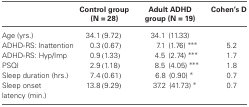
<table><thead><tr><td></td><td><b>Control group (N = 28)</b></td><td><b>Adult ADHD group (N = 19)</b></td><td><b>Cohen’s D</b></td></tr></thead><tbody><tr><td>Age (yrs.)</td><td>34.1(9.72)</td><td>34.1(11.33)</td></tr><tr><td>ADHD-RS: Inattention</td><td>0.3(0.67)</td><td>7.1(1.76) ***</td><td>5.2</td></tr><tr><td>ADHD-RS: Hyp/Imp</td><td>0.9(1.33)</td><td>4.5(2.74) ***</td><td>1.7</td></tr><tr><td>PSQI</td><td>2.9(1.18)</td><td>8.5(4.05) ***</td><td>1.8</td></tr><tr><td>Sleep duration (hrs.)</td><td>7.4(0.61)</td><td>6.8(0.90) *</td><td>0.7</td></tr><tr><td>Sleep onset latency (min.)</td><td>13.8(9.29)</td><td>37.2(41.73) *</td><td>0.7</td></tr></tbody></table>